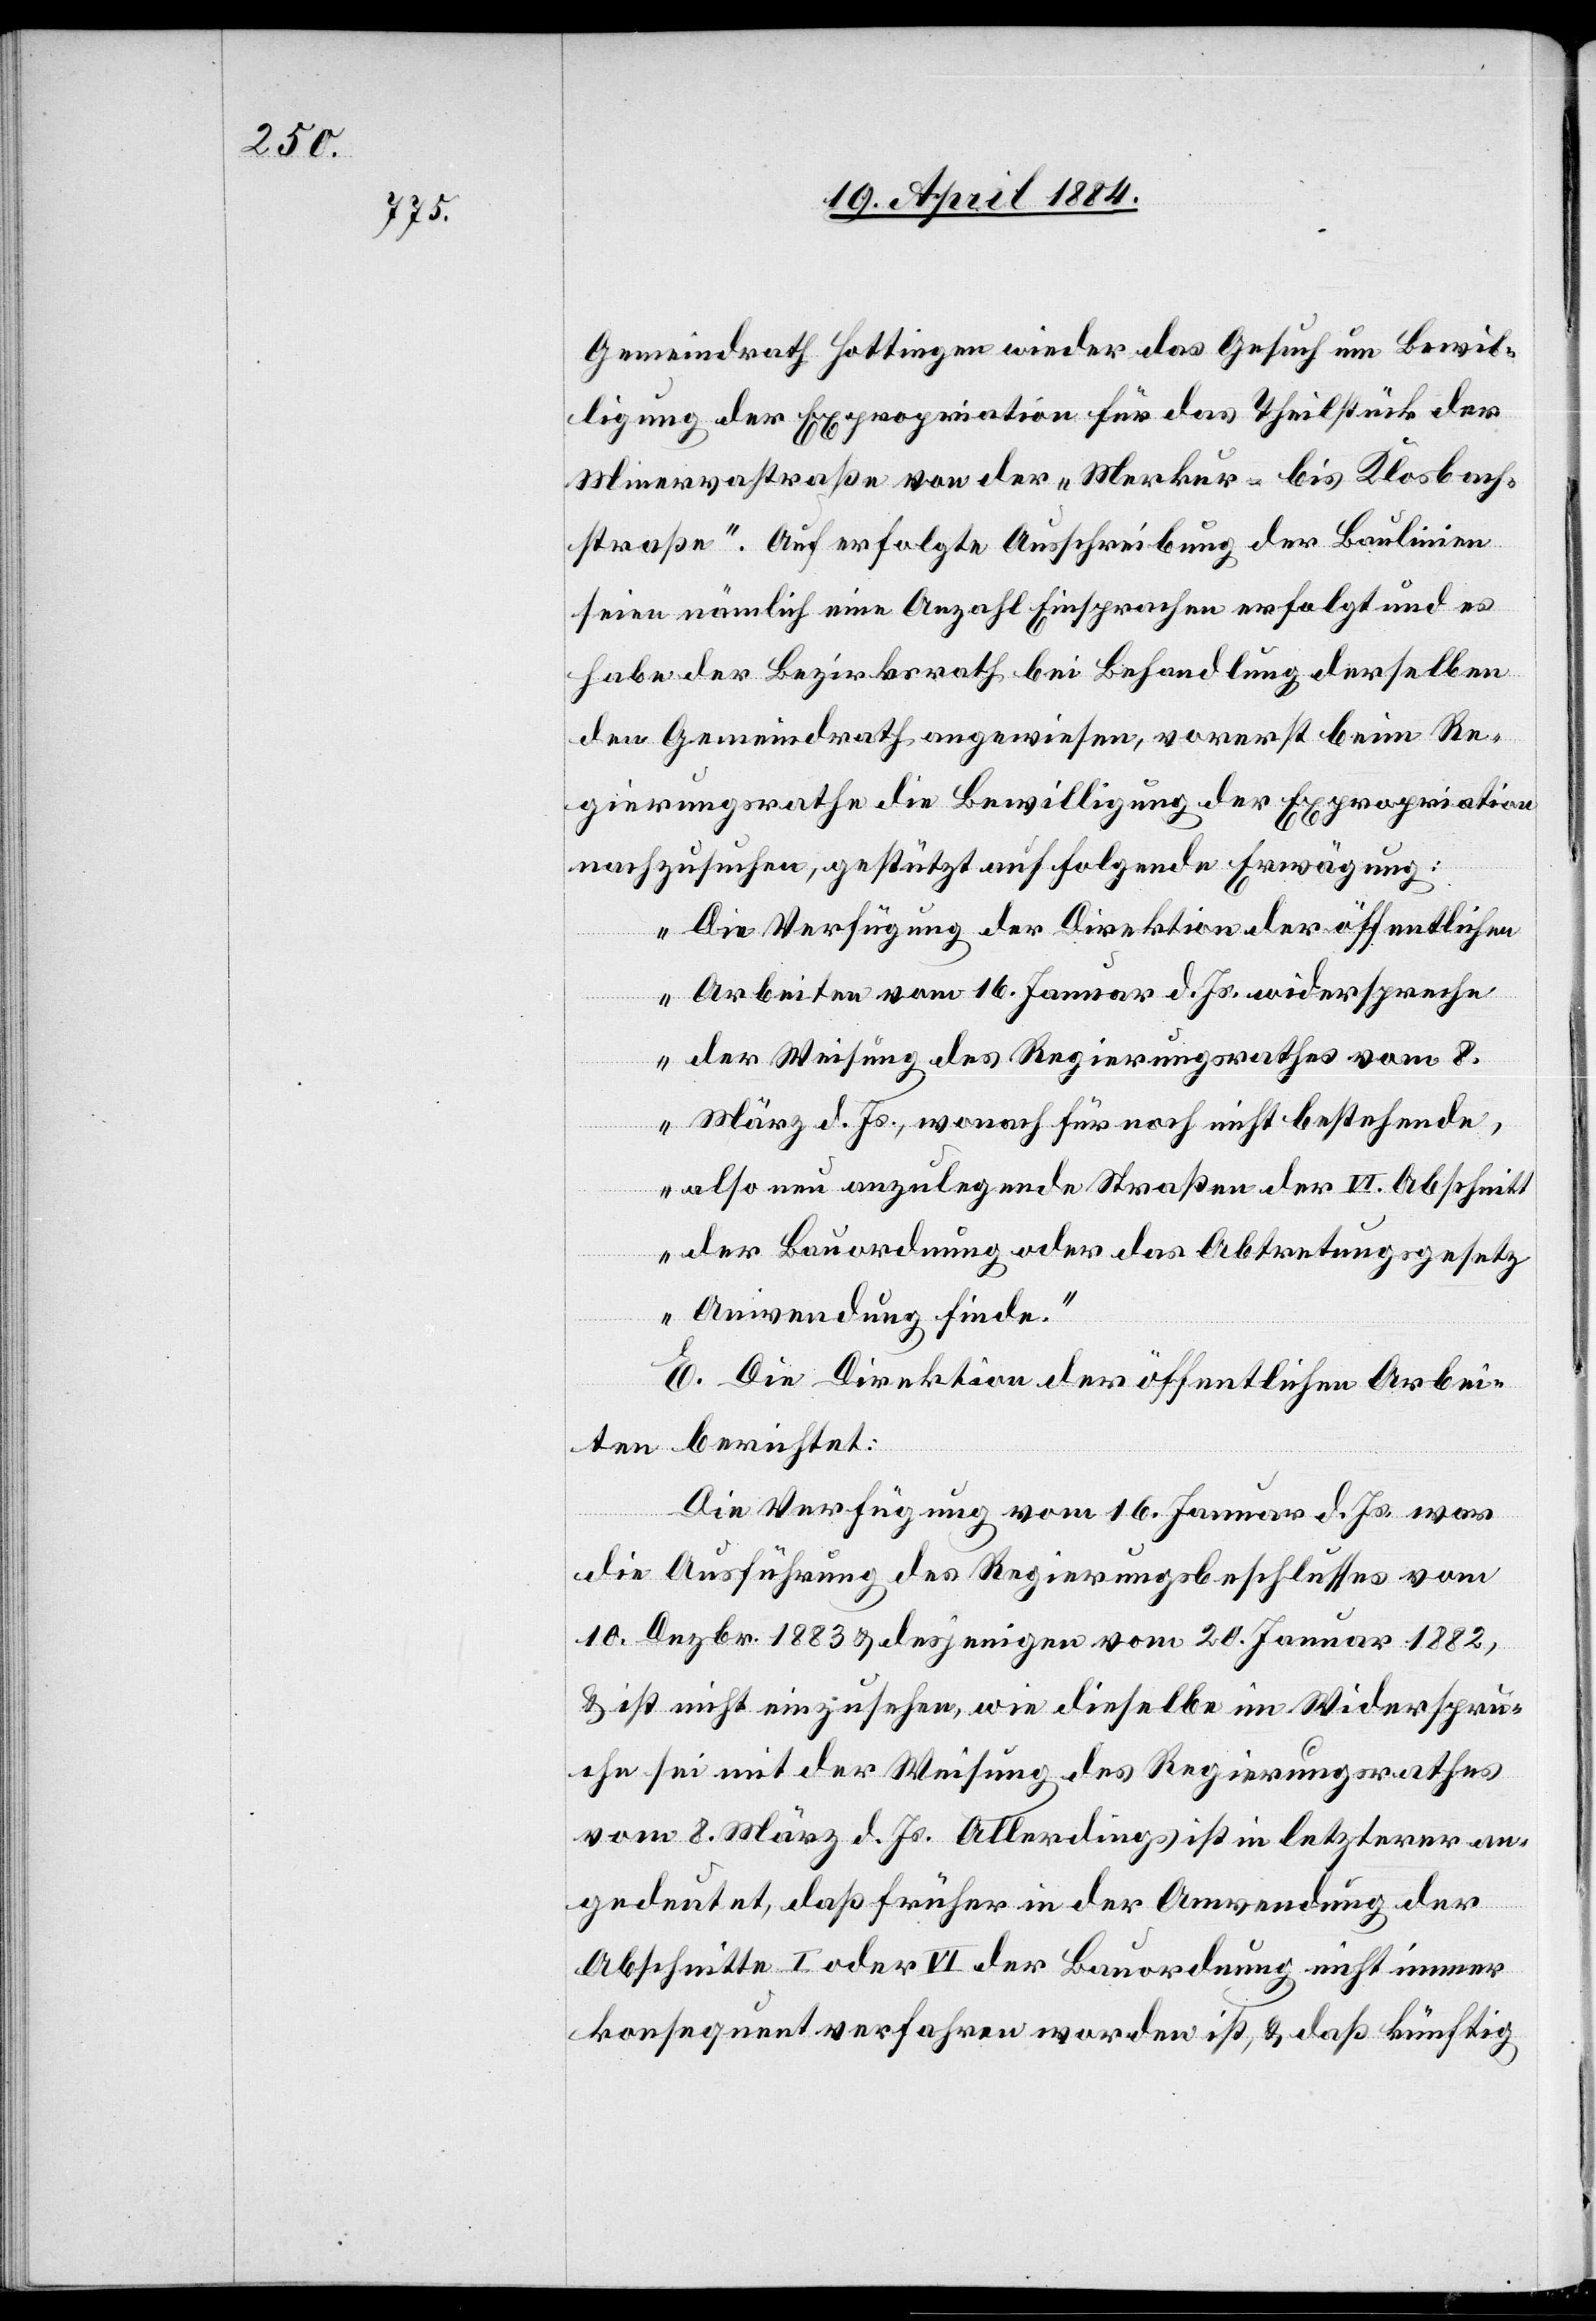
Gemeindrath Hottingen wieder das Gesuch um Bewil¬
ligung der Expropriation für das Theilstück der
Minervastraße von der „Merkur- bis Klosbach¬
straße“. Auf erfolgte Ausschreibung der Baulinien
seien nämlich eine Anzahl Einsprachen erfolgt und es
habe der Bezirksrath bei Behandlung derselben
den Gemeindrath angewiesen, vorerst beim Re¬
gierungsrath die Bewilligung der Expropriation
nachzusuchen, gestützt auf folgende Erwägung:
„Die Verfügung der Direktion der öffentlichen
Arbeiten vom 16. Januar d. Js. widerspreche
der Weisung des Regierungsrathes vom 8.
März d. Js., wonach für noch nicht bestehende,
also neu anzulegende Straßen der VI. Abschnitt
der Bauordnung oder das Abtretungsgesetz
Anwendung finde.“
E. Die Direktion der öffentlichen Arbei¬
ten berichtet:
Die Verfügung vom 16. Januar d. Js. war
die Ausführung des Regierungsbeschlusses vom
10. Dezbr. 1883 & desjenigen vom 20. Januar 1882,
& ist nicht einzusehen, wie dieselbe im Widerspru¬
che sei mit der Weisung des Regierungsrathes
vom 8. März d. Js. Allerdings ist in letzterer an¬
gedeutet, daß früher in der Anwendung der
Abschnitte I oder VI der Bauordnung nicht immer
konsequent verfahren worden ist, & daß künftig